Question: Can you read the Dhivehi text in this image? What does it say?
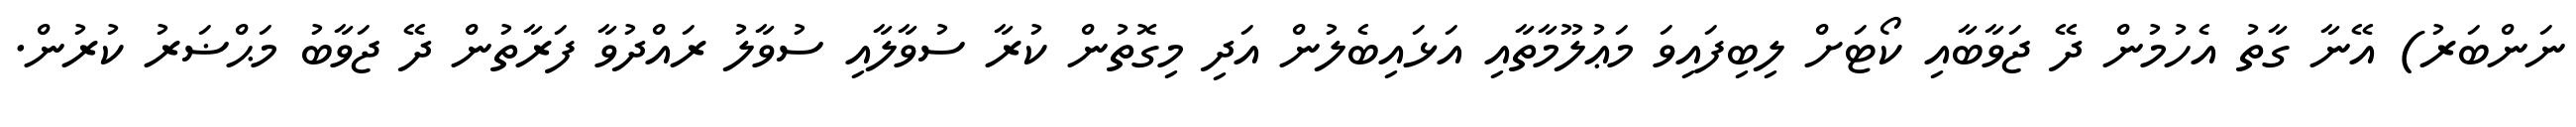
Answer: ނަންބަރު) އޭނާ ގާތު އެހުމުން ދޭ ޖަވާބާއި ކޯޓަށް ލިބިފައިވަ މަޢުލޫމާތާއި އަޅައިބެލުން އަދި މިގޮތުން ކުރާ ސުވާލާއި ސުވާލު ރައްދުވާ ފަރާތުން ދޭ ޖަވާބު މަޙްޟަރު ކުރުން.